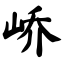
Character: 峤